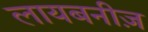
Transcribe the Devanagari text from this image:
लायबनीज़